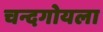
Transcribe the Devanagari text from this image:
चन्दगोयला